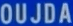
OUJDA